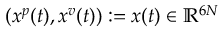
( x ^ { p } ( t ) , x ^ { v } ( t ) ) : = x ( t ) \in \mathbb { R } ^ { 6 N }